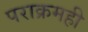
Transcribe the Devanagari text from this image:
पराक्रमही